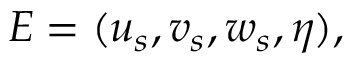
\boldsymbol { E } = ( u _ { s } , v _ { s } , w _ { s } , \eta ) ,